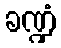
ခဏ္ဍံ